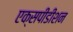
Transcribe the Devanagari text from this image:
एक्सपीडीशन